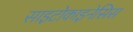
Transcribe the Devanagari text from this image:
साइटोकाइनेसिस